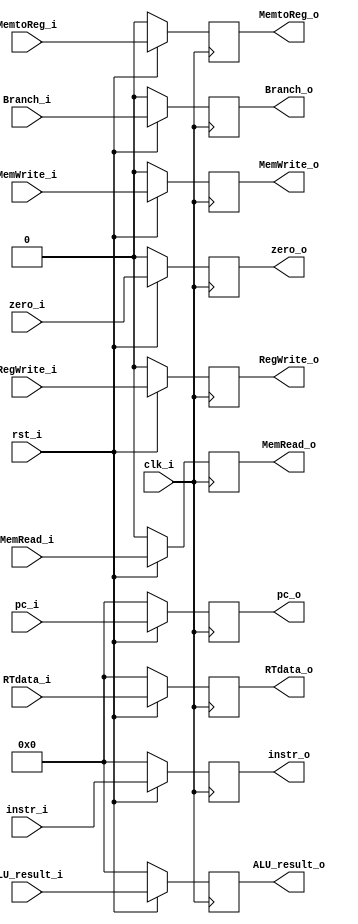
module EX_MEM(
	input 			    clk_i,
	input 			    rst_i,
	input        	    MemtoReg_i,
	input 			    RegWrite_i,
	input 			    Branch_i,
	input 				MemWrite_i,
	input 				MemRead_i,
	input   [32-1:0]	pc_i,
	input				zero_i,
	input   [32-1:0]	ALU_result_i,
	input   [32-1:0]	RTdata_i,
	input   [32-1:0]	instr_i,
	output  reg		    MemtoReg_o,
	output 	reg		    RegWrite_o,
	output 	reg		    Branch_o,
	output 	reg		    MemWrite_o,
	output 	reg		    MemRead_o,
	output  reg[32-1:0]	pc_o,
	output 	reg	    	zero_o,
	output  reg[32-1:0]	ALU_result_o,
	output  reg[32-1:0]	RTdata_o,
	output  reg[32-1:0]	instr_o
);
	always @(posedge clk_i) begin
		if(~rst_i) begin
			MemtoReg_o <= 0;
			RegWrite_o <= 0;
			Branch_o <= 0;
			MemWrite_o <= 0;
			MemRead_o <= 0;
			pc_o <= 0;
			zero_o <= 0;
			ALU_result_o <= 0;
			RTdata_o <= 0;
			instr_o <= 0;
		end
		else begin
			MemtoReg_o <= MemtoReg_i;
			RegWrite_o <= RegWrite_i;
			Branch_o <= Branch_i;
			MemWrite_o <= MemWrite_i;
			MemRead_o <= MemRead_i;
			pc_o <= pc_i;
			zero_o <= zero_i;
			ALU_result_o <= ALU_result_i;
			RTdata_o <= RTdata_i;
			instr_o <= instr_i;
		end
	end

endmodule